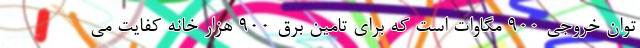
توان خروجی 900 مگاوات است که برای تامین برق 900 هزار خانه کفایت می